King Institute of Preventive Medicine Micro-Biological Section reports 1909-11
Year: 1909
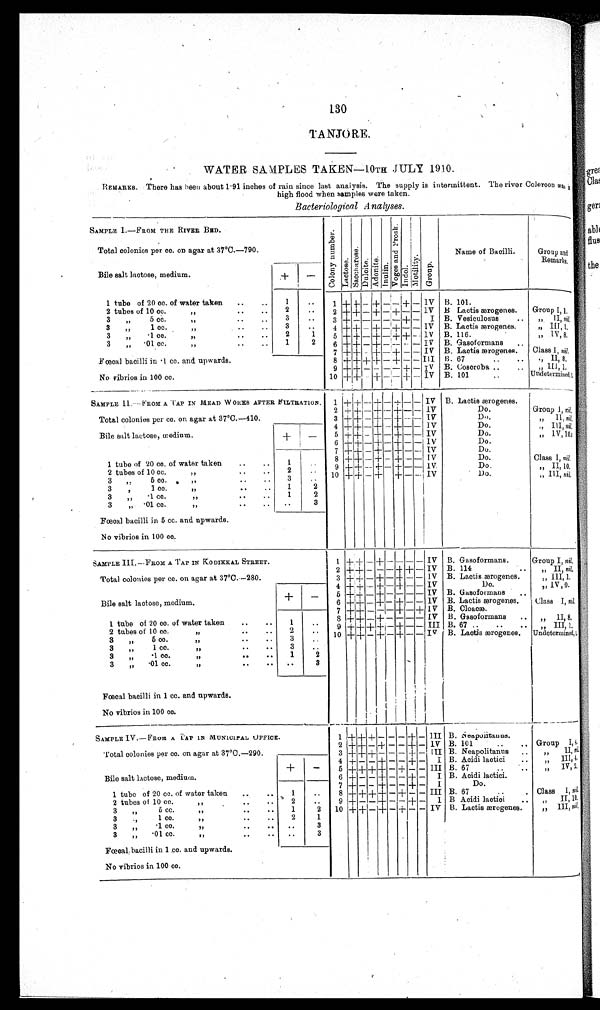
Bacteriological Analyses.
130
TANJORE.
WATER SAMPLES TAKEN—10TH JULY 1910.
REMARKS. There has been about 1·91 inches of rain since last, anaiysis. The supply is intermittent. The river Coleroon was a
high flood when samples were taken.
SAMPLE I.—FROM THE RIVER BED.
Col ony number .Lactose.S a c c h a r o s e . Dulcite.Adoni t e.Inulin.Vo g e s a n d P r o s k .Indol.Mot i l i t y.Group.
Name of Bacilli.
Group a
nd Remarks.
Total colonies per cc. on agar at 37°C.
—790.
Bile salt lactose, medium.
+
−
1 tube of 20 cc. of water taken
1
1 + + − + −
−
+ − IV B. 101.
2 tubes of 10 cc.
„
2
2
+
+ − + −
+
− − IV B Lactis ærogenes.
Group I,1.
3 „ 5 cc.
„
3
3 + − − − − − +
−
I B. Vesiculosus
„
II,
nil,
3 „ 1 cc.
„
3
4 + + − +
−
+
− − IV B. Lactis ærogenes.
„
III,1,
3 „ ·1 cc.
„
2
1
5
+ +
−
+ −
+
+
− IV B. 116.
„
IV,
8.
3 „ 01 cc.
„
1
2
6 +
+
− + − − − − IV B. Gasoformans
Fœcal bacilli in ·l cc. and upwards.
7 + + − + −
+
− − IV B. Lactis ærogenes
Class 1, nil.
8
+ +
+
+ − + − − III B. 67
„
II,
8,
No vibrios in 100 cc.
9
+
+ − − −
+ − IV B. Coseroba
„
III,1,
10
+ +
− + − − + − IV B. 101
Undetermined,1
SAMPLE II.—FROM A TAP IN HEAD WORKS AFTER FILTRATION
1 + + − + −
+
− − IV B. Lactis ærogenes.
2 +
+ −
+ −
+
− − IV
Do.
Group I, nil,
Total colonies per cc. on agar at 37°C.
—410.
3 +
+
− + − + − − IV
Do.
„
II,
nil,
4
+ +
−
+ −
+ − − IV
Do.
„
III,
nil.
Bile salt lactose, medium.
+
−
5
+
+ − + −
+
− − IV
Do.
„
IV,
10.1
6
+ +
−
+
−
+
− − IV
Do.
7
+ +
−
+
− + − − IV
Do
1 tube of 20 cc. of water taken
1
8
+ +
− + −
+
− −
IV
Do.
Class I, nil.
2 tubes of 10 cc.
„
2
9
+ +
−
+
−
+
− −
I V
Do.
„
II,10.
3 „ 5 cc.
„
3
10
+
+ − + −
+
− − IV
Do.
„
III,
nil.
3 „ 1 cc.
„
1
2
3 „ ·1 cc.
„
1
2
3 „ ·01 cc.
„
3
Fœcal bacilli in 5 cc. and upwards.
No vibrios in 100 cc.
SAMPLE III. —FROM A TAP IN KODIKKAL STREET.
1
+ +
− + − − − − IV B. Gasoformans.
Group I, nil.
2 + + − − −
+ +
− IV B. 114.
„
II,
nil.
Total colonies per cc. on agar at 37°C.
—280.
3
+ + − + − + − − IV B. Lactis ærogenes.
„
III,
1.
4
+ +
−
+
−
+
− − IV
Do.
„
IV,
9.
Bile salt lactose, medium.
+
_
5
+ +
− + − − − − IV B. Gasoformans.
6
+ +
−
+
− + − − IV B. Lactis ærogenes.
Class I,
nil.
7
+ +
− − − + −
+
IV B. Cloacæ.
8
+ +
− + − − − − IV B. Gasoformans.
„
II,
8.
1 tube of 20 cc. of water taken
1
9
+ + +
+ −
+
− − III B. 67
„
III,
1.
2 tubes of 10 cc.
„
2
10
+ +
−
+
−
+
− − IV B. Lactis ærogenes.
Undet er mi ned, 1
3 „ 5 cc.
„
3
3 „ 1 cc.
„
3
3 „ ·1 cc.
„
1
2
3 „ ·01 cc.
„
3
Fœcal bacilli in 1 cc. and upwards.
No vibrios in 100 cc.
SAMPLE IV.— FROM A TAP IN MUNICIPAL OFFICE.
1
+ + +
− − −
+
− III B. Neapolitanus.
2
+ +
−
+
− −
+
− IV B. 101
Group I, 4
Total colonies per cc. on agar at 37°C.
—290.
3
+ + + − − −
+
− III B. Neapolitanus
„
II,
nil.
4
+
− −
+
− −
+
−
I B. Acidi lactici.
„
III,4.
Bile salt lactose, medium.
+
−
5
+ + + +
−
+
− − III B. 67
„
IV
,2.
6
+
− −
+
− −
+
−
I B. Acidi lactici.
7
+
− −
+
− −
+
−
I
Do.
1 tube of 20 cc. of water taken
1
8
+ + + +
−
+
− − III B. 67
Class 1,
nil.
2 tubes of 10 cc.
„
2
9
+
− −
+
− −
+
−
I B Acidi lactici.
„
II,
10.
3 „ 5 cc.
„
1
2
10
+ +
−
+
−
+
− − IV B. Lactis ærogenes.
„
III,
nil
3 „ .,1 cc.
„
2
1
3 „ ·1 cc.
„
3
3 „ ·01 cc.
„
3
Fœcal bacilli in 1 cc. and upwards.
No vibrios in 100 cc.